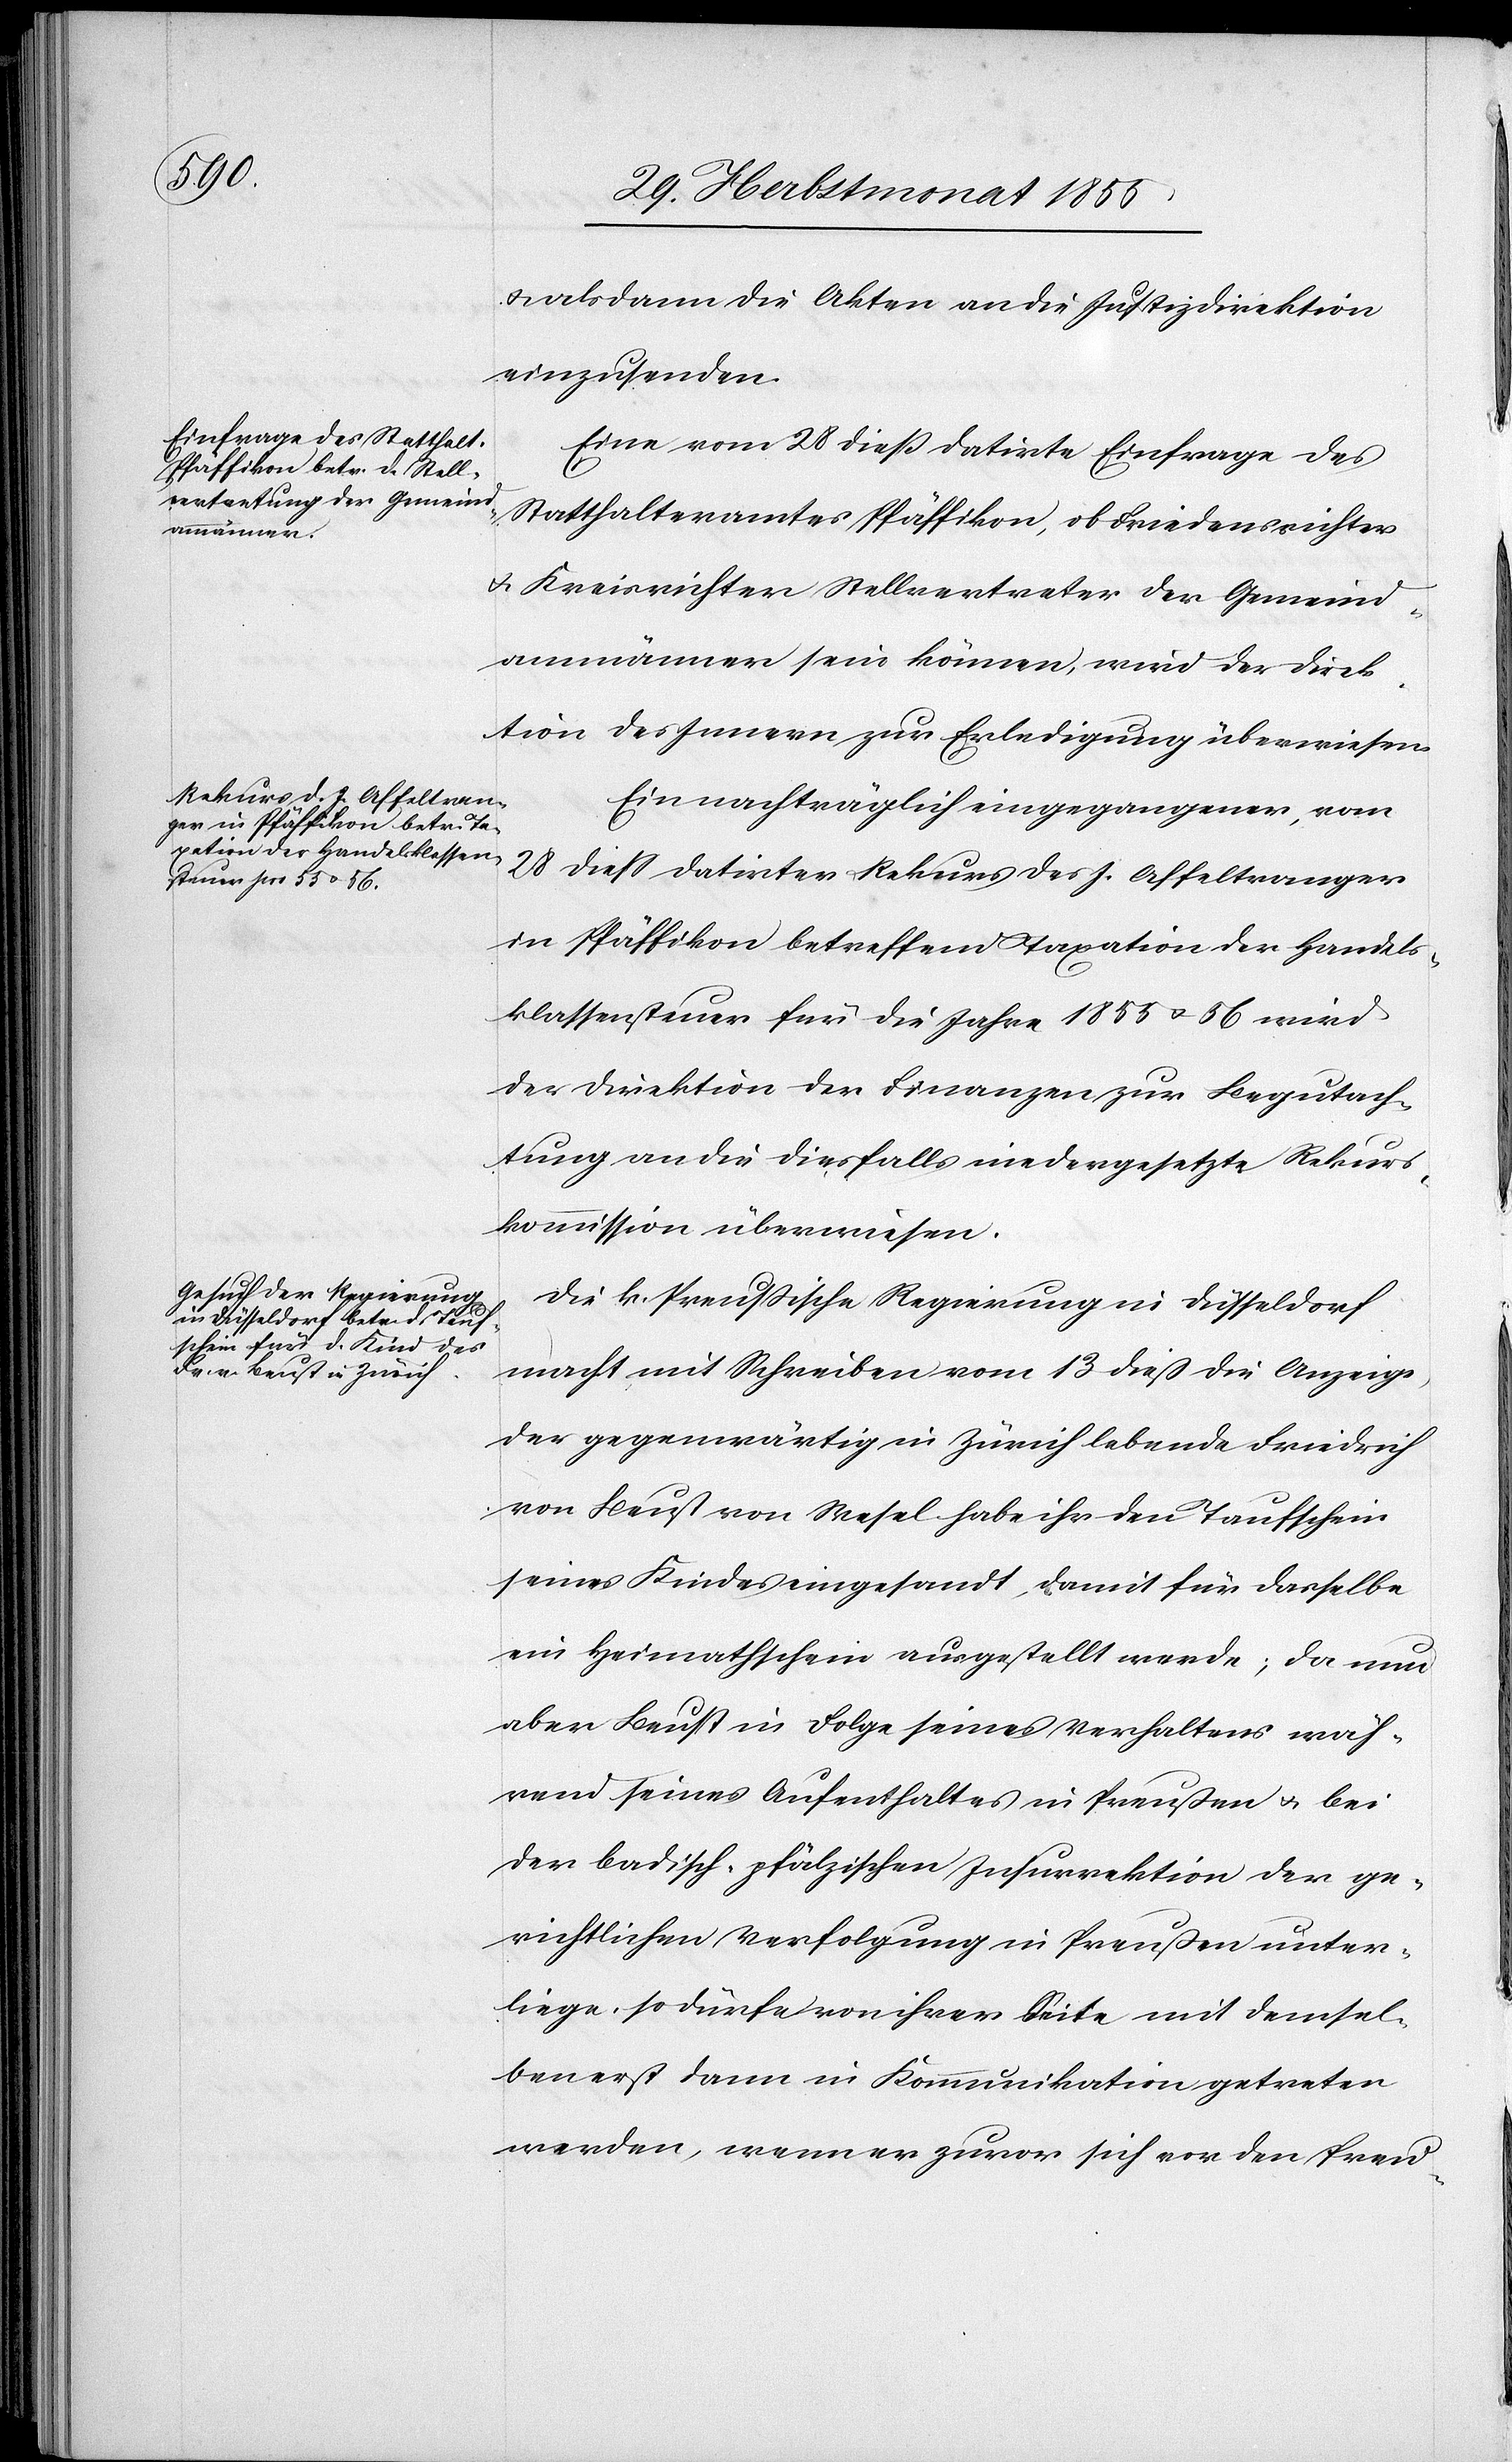
& alsdann die Akten an die Justizdirektion
einzusenden.
Eine vom 28 dieß datirte Einfrage des
Statthalteramtes Pfäffikon, ob Friedensrichter
& Kreisrichter Stellvertreter der Gemeind¬
ammänner sein können, wird der Direk¬
tion des Innern zur Erledigung überwiesen.
Ein nachträglich eingegangener, vom
28 diess datirter Rekurs des J. Affeltranger
in Pfäffikon betreffend Taxation der Handels¬
klassensteuer für die Jahre 1855 & 56 wird
der Direktion der Finanzen zur Begutach¬
tung an die diesfalls niedergesetzte Rekurs¬
kommission überwiesen.
Die k. Preussische Regierung in Düsseldorf
macht mit Schreiben vom 13 dieß die Anzeige,
der gegenwärtig in Zürich lebende Friedrich
von Beust von Wesel habe ihr den Taufschein
seines Kindes eingesandt, damit für dasselbe
ein Heimathschein ausgestellt werde; da nun
aber Beust in Folge seines Verhaltens wäh¬
rend seines Aufenthaltes in Preußen & bei
der badisch-pfälzischen Insurrektion der ge¬
richtlichen Verfolgung in Preußen unter¬
liege, so dürfe von ihrer Seite mit demsel¬
ben erst dann in Kommunikation getreten
werden, wenn er zuvor sich vor den Preu-